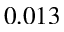
0 . 0 1 3